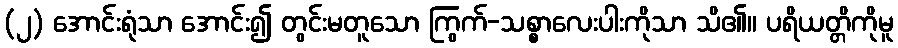
(၂) အောင်းရုံသာ အောင်း၍ တွင်းမတူသော ကြွက်-သစ္စာလေးပါးကိုသာ သိ၏။ ပရိယတ္တိကိုမူ